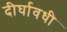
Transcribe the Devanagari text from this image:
दीर्घावधी